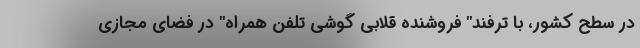
در سطح کشور، با ترفند" فروشنده قلابی گوشی تلفن همراه" در فضای مجازی